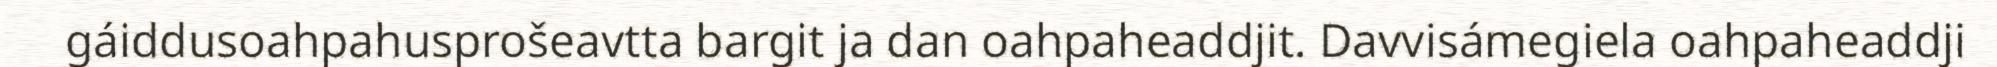
gáiddusoahpahusprošeavtta bargit ja dan oahpaheaddjit. Davvisámegiela oahpaheaddji